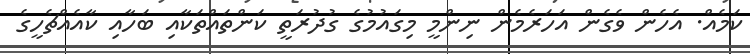
ކަމެއް. އެހެން ވެގެން އަހަރެމެން ނިންމީ މިގައުމުގެ ގުދުރަތީ ކަންތައްތަކާއި ބަހާއި ކާއެއްޗެހީގެ